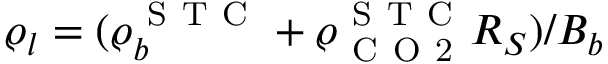
\varrho _ { l } = ( \varrho _ { b } ^ { \mathrm { ~ S ~ T ~ C ~ } } + \varrho _ { \mathrm { ~ C ~ O ~ 2 ~ } } ^ { \mathrm { ~ S ~ T ~ C ~ } } R _ { S } ) / B _ { b }